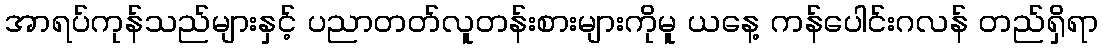
အာရပ်ကုန်သည်များနှင့် ပညာတတ်လူတန်းစားများကိုမူ ယနေ့ ကန်ပေါင်းဂလန် တည်ရှိရာ